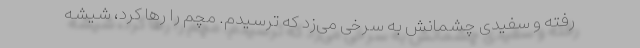
رفته و سفیدی چشمانش به سرخی می‌زد که ترسیدم. مچم را رها کرد، شیشه